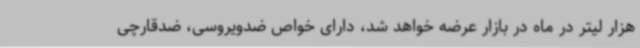
هزار لیتر در ماه در بازار عرضه خواهد شد، دارای خواص ضدویروسی، ضدقارچی